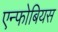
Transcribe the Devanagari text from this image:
एन्फोबियस